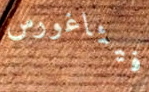
فيثاغورس